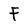
Character: F